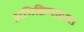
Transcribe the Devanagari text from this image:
अभिक्रियाद्वारा